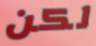
لكن